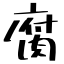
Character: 腐